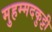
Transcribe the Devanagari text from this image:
मुहम्मदकुट्टी